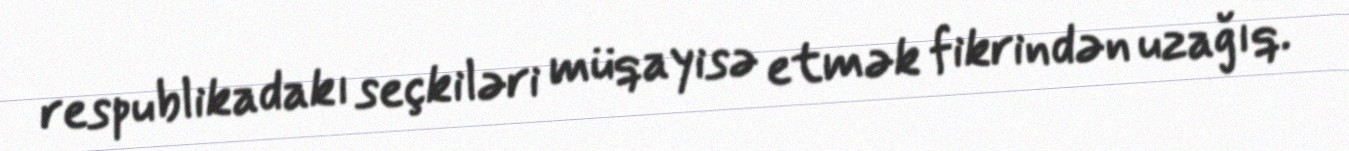
respublikadakı seçkiləri müqayisə etmək fikrindən uzağıq.